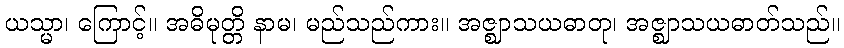
ယသ္မာ၊ ကြောင့်။ အဓိမုတ္တိ နာမ၊ မည်သည်ကား။ အဇ္ဈာသယဓာတု၊ အဇ္ဈာသယဓာတ်သည်။